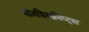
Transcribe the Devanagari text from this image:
नॉनडिस्क्रीप्ट्स